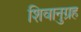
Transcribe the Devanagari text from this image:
शिवानुग्रह